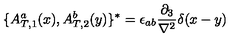
\{ { A _ { T , 1 } ^ { a } } ( x ) , { A _ { T , 2 } ^ { b } } ( y ) \} ^ { * } = \epsilon _ { a b } \frac { \partial _ { 3 } } { \nabla ^ { 2 } } \delta ( x - y )